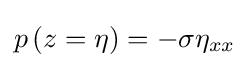
p\left(z=\eta \right)=-\sigma \eta _{xx}